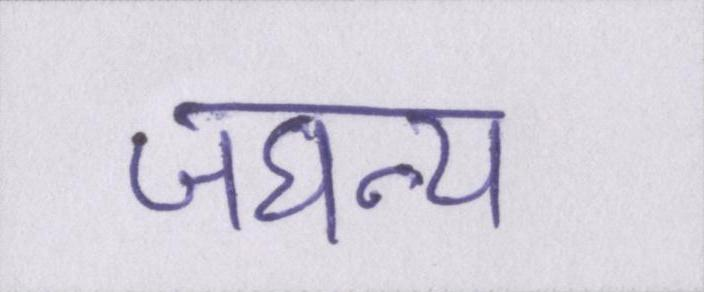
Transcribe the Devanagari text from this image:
जघन्य